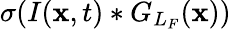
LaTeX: \sigma(I({\mathbf x},t)*G_{L_{F}}({\mathbf x}))